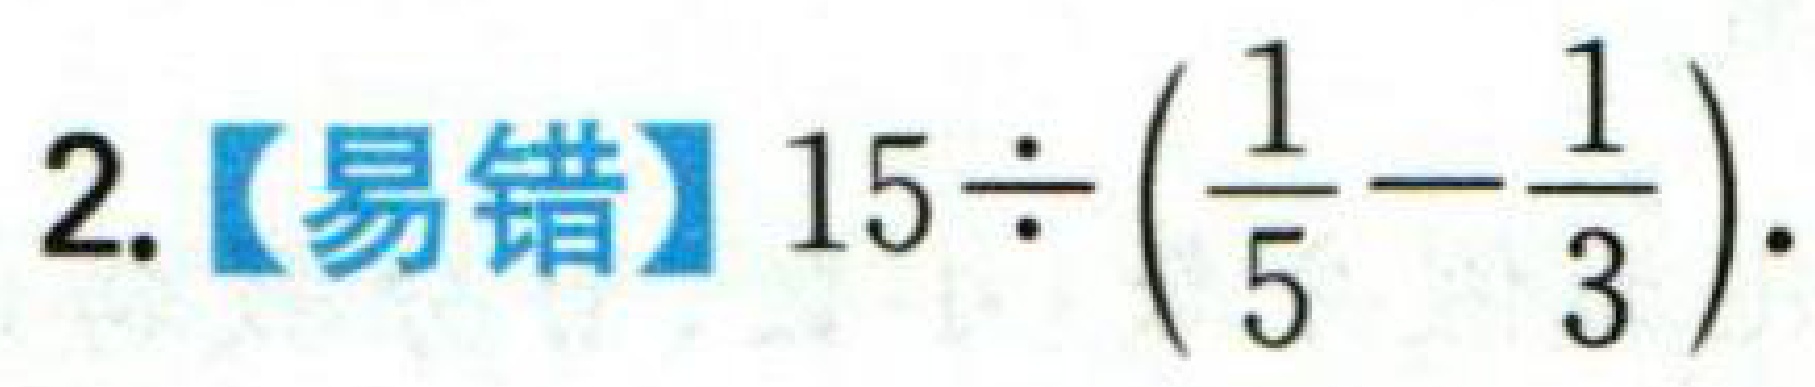
$2.【易错】15\div(\frac{1}{5}-\frac{1}{3}).$